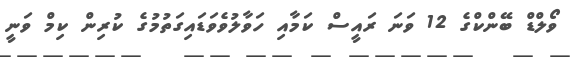
ވޯލްޑް ބޭންކްގެ 12 ވަނަ ރައީސް ކަމާއި ހަވާލުވެވަޑައިގަތުމުގެ ކުރިން ކިމް ވަނީ